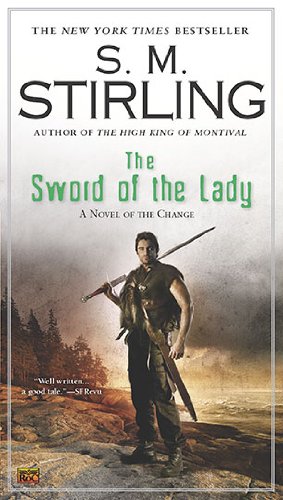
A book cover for The Sword of the Lady: A Novel of the Change (Change Series); S. M. Stirling; Science Fiction & Fantasy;